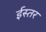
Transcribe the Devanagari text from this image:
ईस्तर